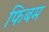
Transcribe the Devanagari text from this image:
फिबम